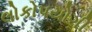
લોકોપયોગી